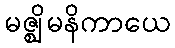
မဇ္ဈိမနိကာယေ